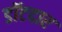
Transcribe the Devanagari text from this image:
डॉटदार